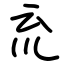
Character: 㐬